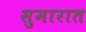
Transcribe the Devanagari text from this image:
सुमारात